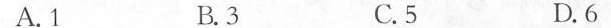
A.1 B.3 C.5 D.6